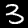
Label: 3